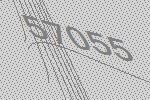
57055